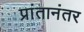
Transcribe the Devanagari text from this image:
प्रांतानंतर